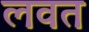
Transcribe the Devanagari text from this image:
लवत